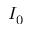
I _ { 0 }